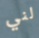
لني